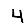
Digit: 4